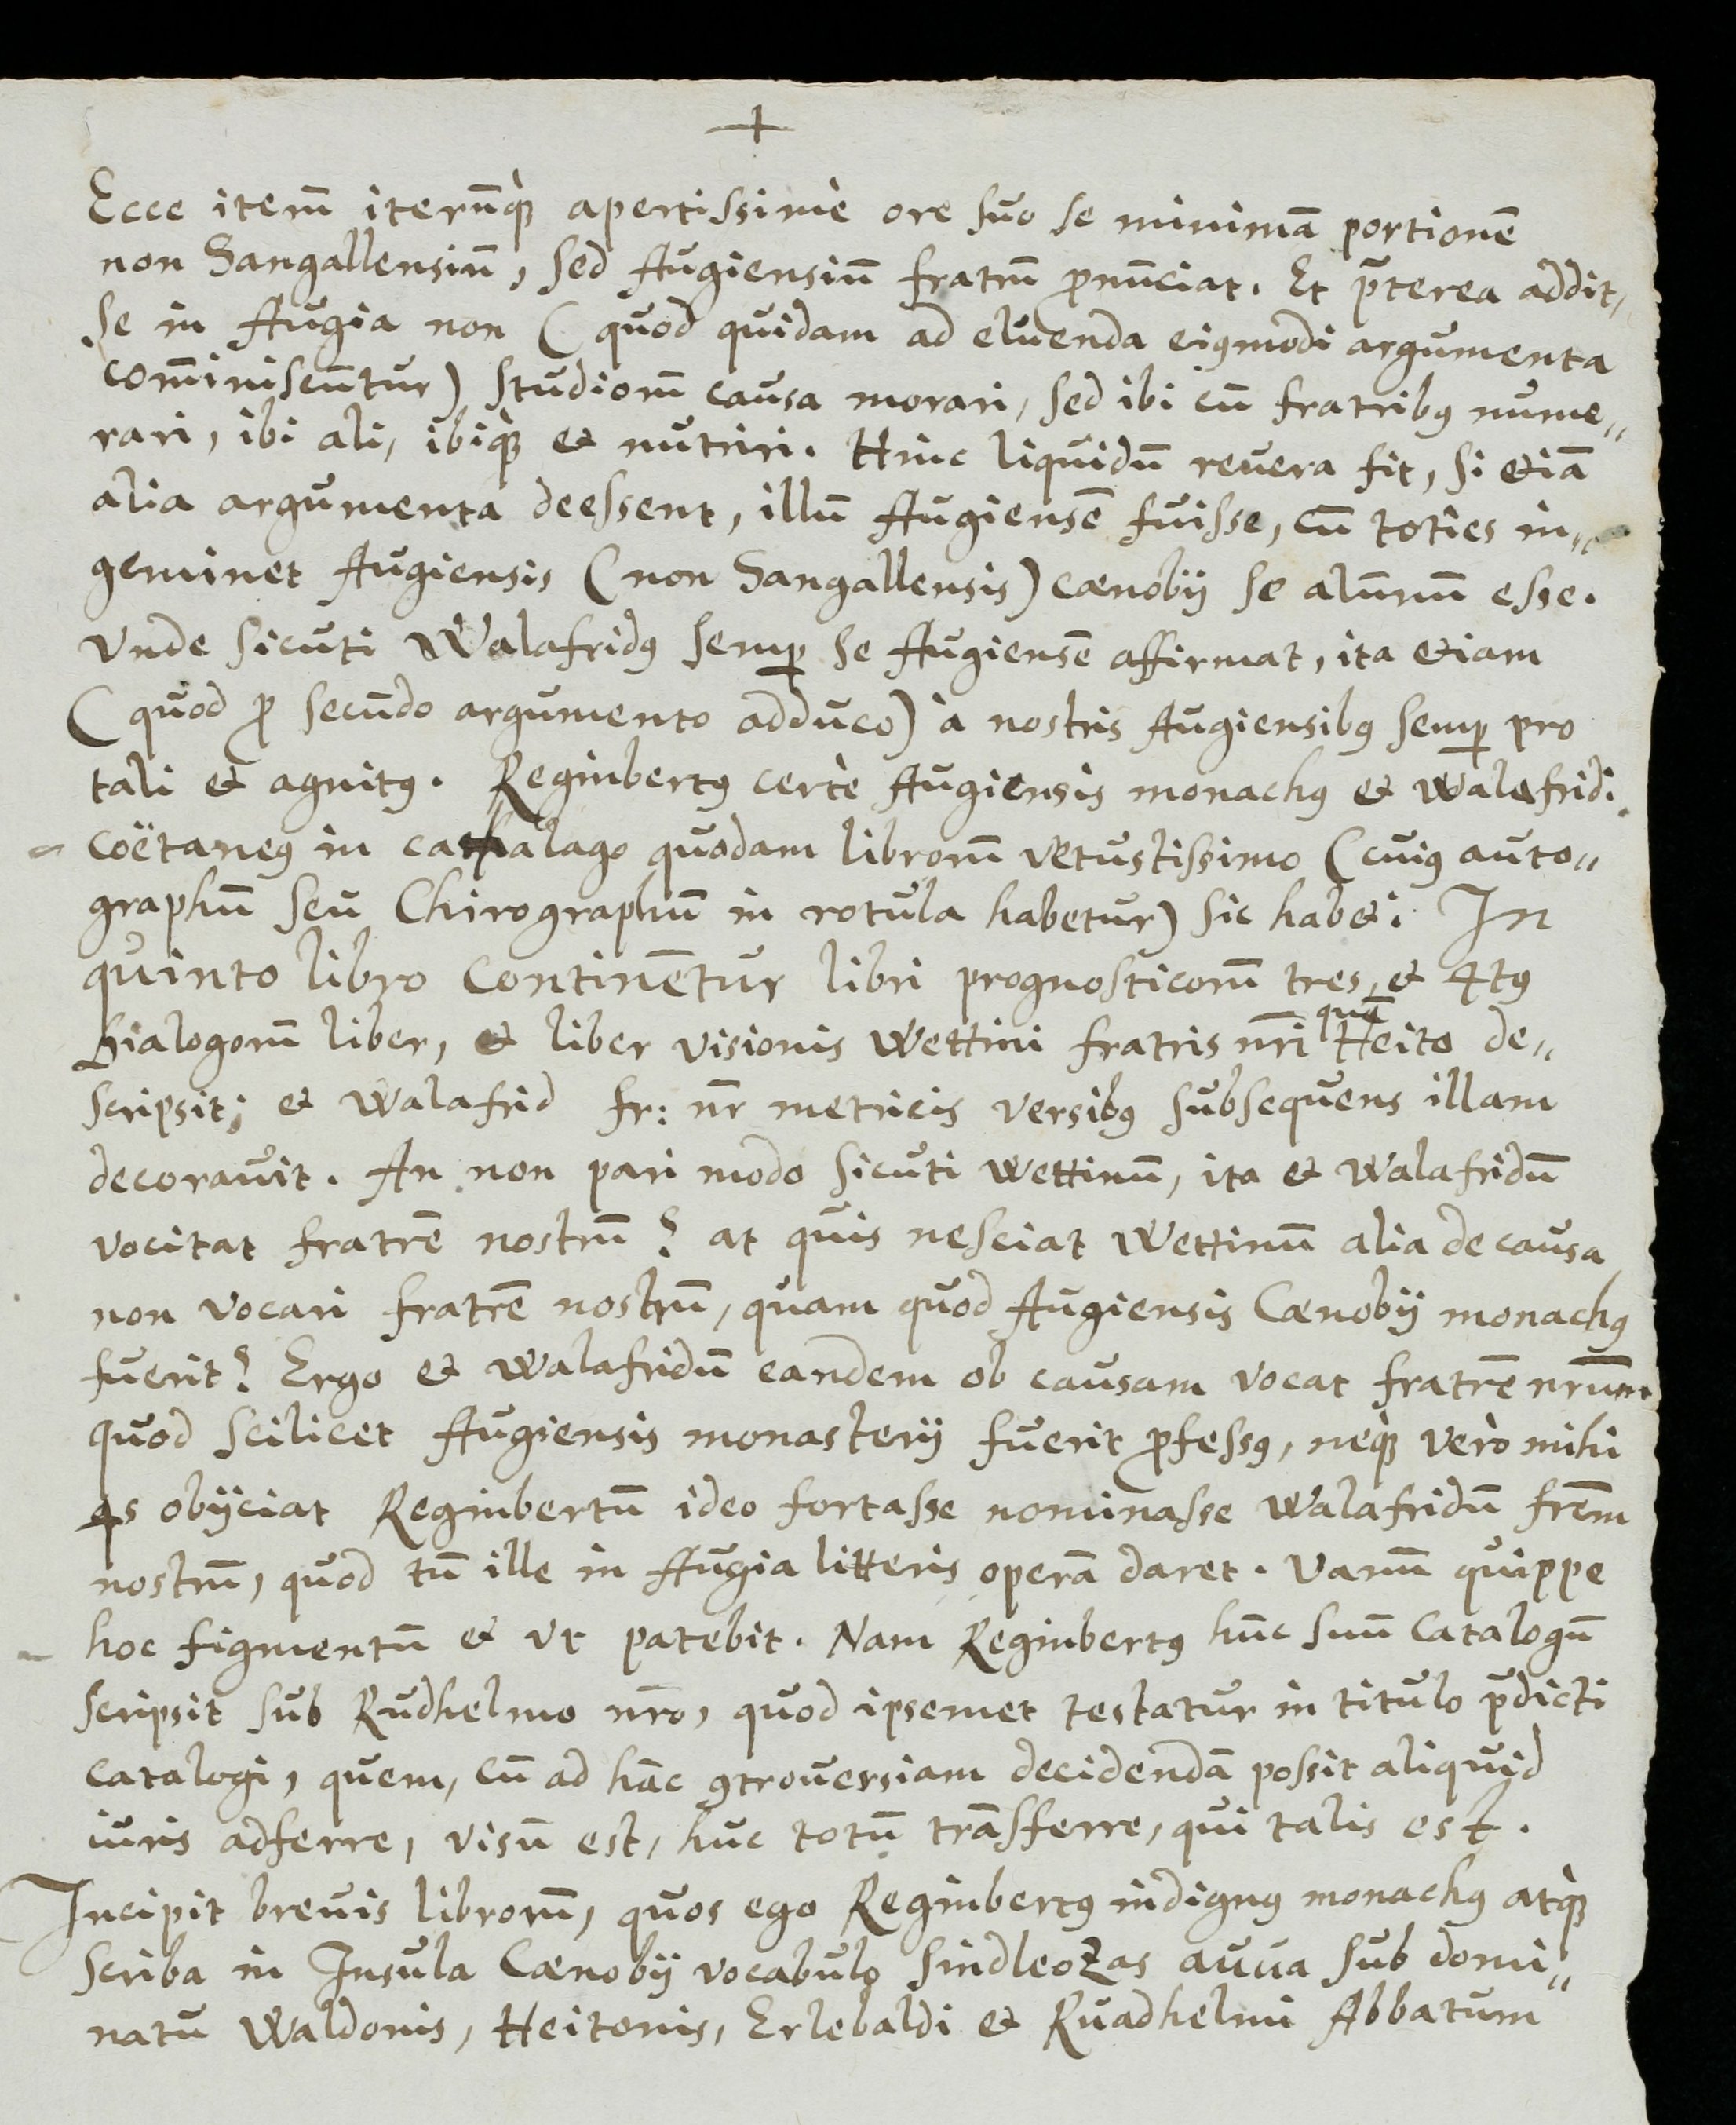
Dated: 1613–1642